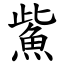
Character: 鮆